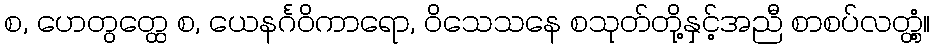
စ, ဟေတွတ္ထေ စ, ယေနင်္ဂဝိကာရော, ဝိသေသနေ စသုတ်တို့နှင့်အညီ စာစပ်လတ္တံ့။